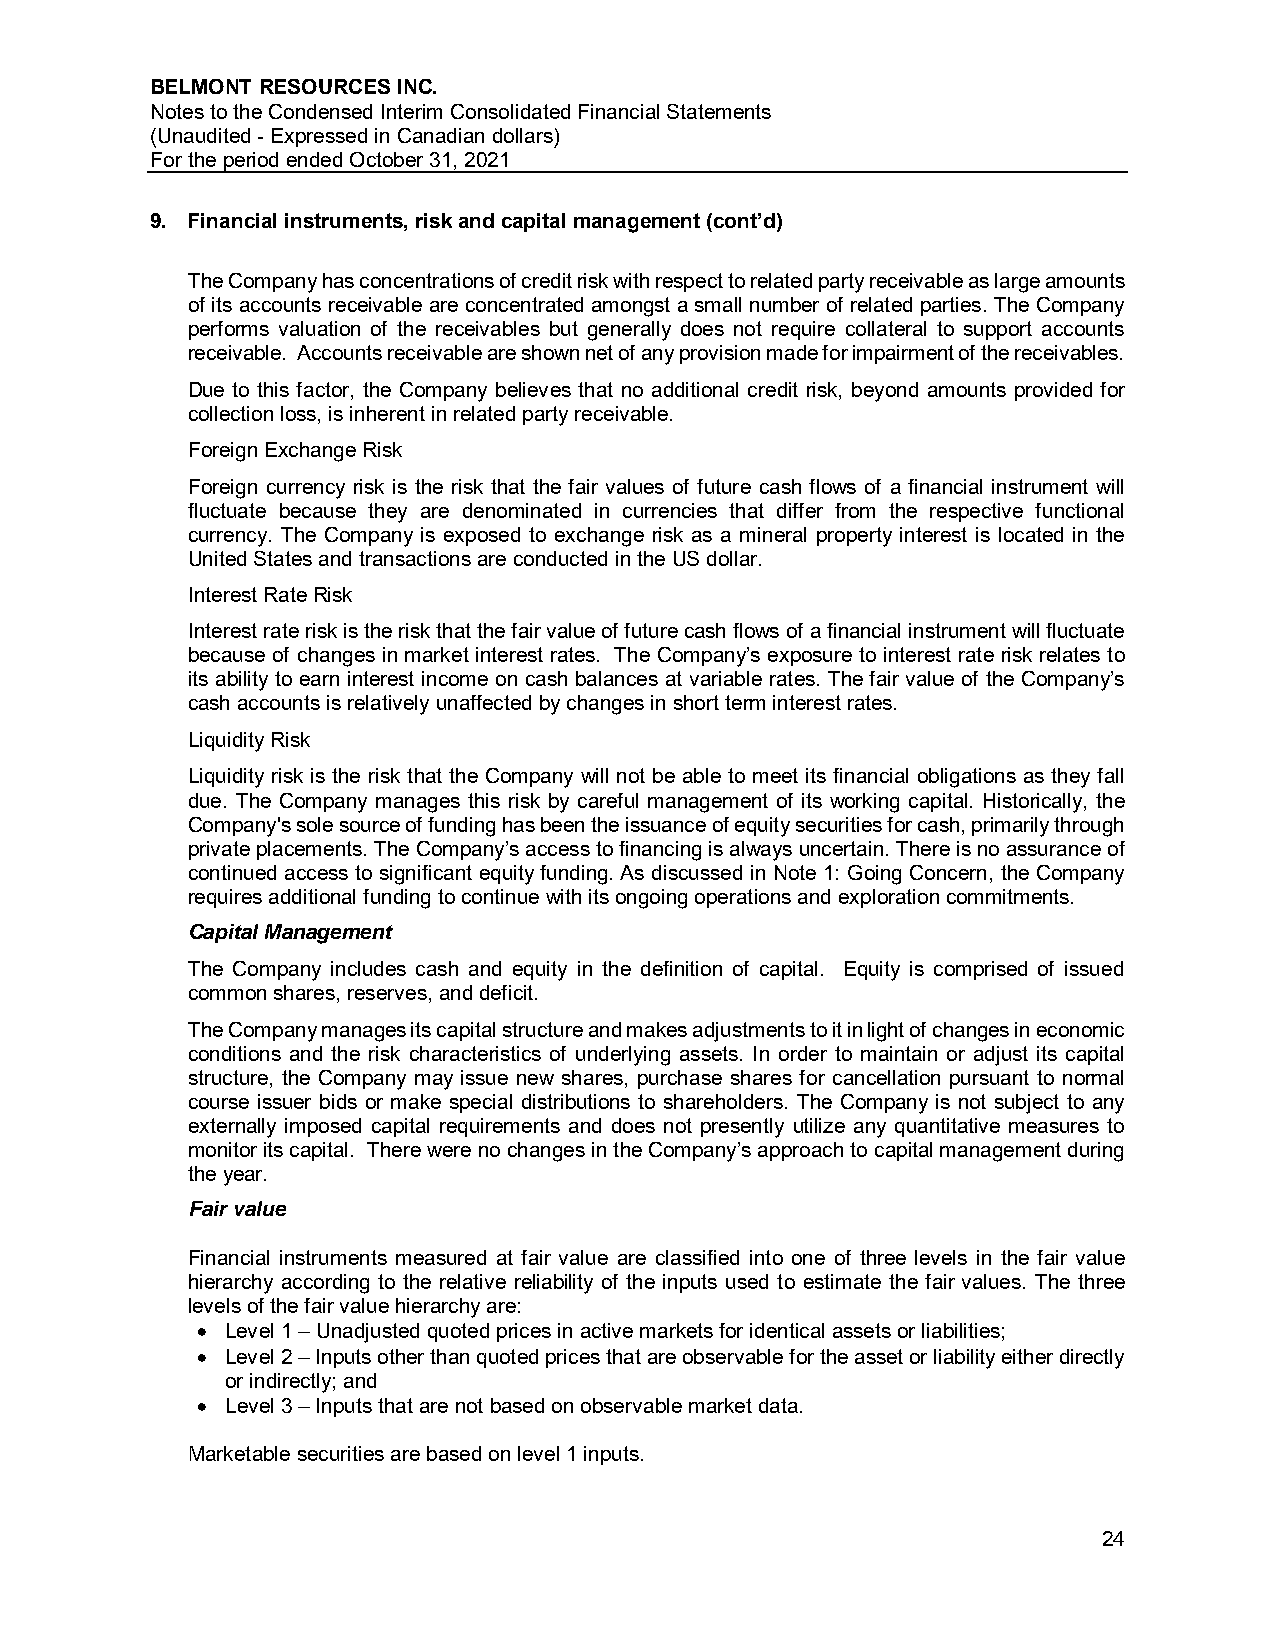
BELMONT RESOURCES INC.
 Notes to the Condensed Interim Consolidated Financial Statements
 (Unaudited - Expressed in Canadian dollars)
 For the period ended October 31, 2021
 9. Financial instruments, risk and capital management (cont’d)
 The Company has concentrations of credit risk with respect to related party receivable as large amounts
 of its accounts receivable are concentrated amongst a small number of related parties. The Company
 performs valuation of the receivables but generally does not require collateral to support accounts
 receivable. Accounts receivable are shown net of any provision made for impairment of the receivables.
 Due to this factor, the Company believes that no additional credit risk, beyond amounts provided for
 collection loss, is inherent in related party receivable.
 Foreign Exchange Risk
 Foreign currency risk is the risk that the fair values of future cash flows of a financial instrument will
 fluctuate because they are denominated in currencies that differ from the respective functional
 currency. The Company is exposed to exchange risk as a mineral property interest is located in the
 United States and transactions are conducted in the US dollar.
 Interest Rate Risk
 Interest rate risk is the risk that the fair value of future cash flows of a financial instrument will fluctuate
 because of changes in market interest rates. The Company’s exposure to interest rate risk relates to
 its ability to earn interest income on cash balances at variable rates. The fair value of the Company’s
 cash accounts is relatively unaffected by changes in short term interest rates.
 Liquidity Risk
 Liquidity risk is the risk that the Company will not be able to meet its financial obligations as they fall
 due. The Company manages this risk by careful management of its working capital. Historically, the
 Company's sole source of funding has been the issuance of equity securities for cash, primarily through
 private placements. The Company’s access to financing is always uncertain. There is no assurance of
 continued access to significant equity funding. As discussed in Note 1: Going Concern, the Company
 requires additional funding to continue with its ongoing operations and exploration commitments.
 Capital Management
 The Company includes cash and equity in the definition of capital. Equity is comprised of issued
 common shares, reserves, and deficit.
 The Company manages its capital structure and makes adjustments to it in light of changes in economic
 conditions and the risk characteristics of underlying assets. In order to maintain or adjust its capital
 structure, the Company may issue new shares, purchase shares for cancellation pursuant to normal
 course issuer bids or make special distributions to shareholders. The Company is not subject to any
 externally imposed capital requirements and does not presently utilize any quantitative measures to
 monitor its capital. There were no changes in the Company’s approach to capital management during
 the year.
 Fair value
 Financial instruments measured at fair value are classified into one of three levels in the fair value
 hierarchy according to the relative reliability of the inputs used to estimate the fair values. The three
 levels of the fair value hierarchy are:
  Level 1 – Unadjusted quoted prices in active markets for identical assets or liabilities;
  Level 2 – Inputs other than quoted prices that are observable for the asset or liability either directly
 or indirectly; and
  Level 3 – Inputs that are not based on observable market data.
 Marketable securities are based on level 1 inputs.
 24